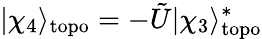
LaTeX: |\chi_{4}\rangle_{\mathrm{topo}}=-\tilde{U}|\chi_{3}\rangle_{\mathrm{topo}}^{*}